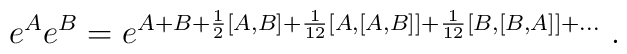
e^A e^B = e^{A+B + {1\over 2}[A,B]        + {1\over 12} [A,[A,B]] + {1\over 12} [B,[B,A]] + \ldots} \ .